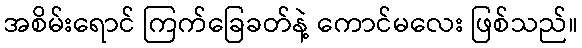
အစိမ်းရောင် ကြက်ခြေခတ်နဲ့ ကောင်မလေး ဖြစ်သည်။